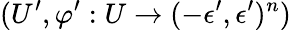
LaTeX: (U^{\prime},\varphi^{\prime}:U\to(-\epsilon^{\prime},\epsilon^{\prime})^{n})